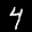
Label: 4